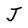
Character: J